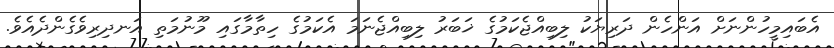
އެބައިމީހުންނަށް އަންހެން ދަރިޔަކު ލިބިއްޖެކަމުގެ ޚަބަރު ލިބިއްޖެނަމަ އެކަމުގެ ހިތާމާގައި މޫނުމަތި އަނދިރިވެގެންދެއެވެ.